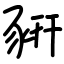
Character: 豣